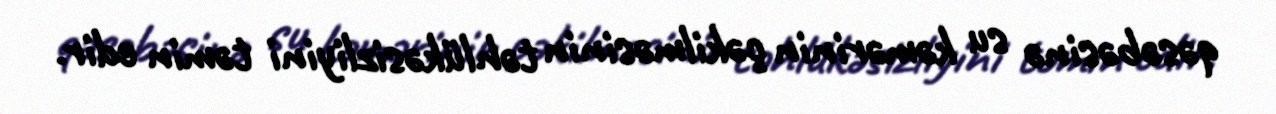
qəsəbəsinə su kəmərinin çəkilməsinin təhlükəsizliyini təmin edir.